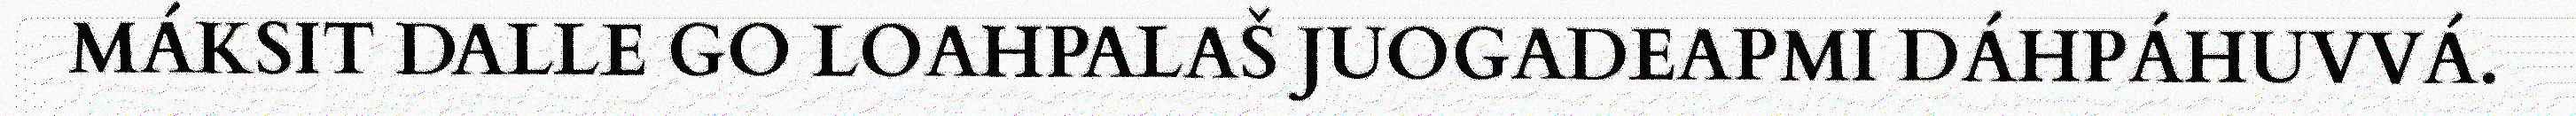
MÁKSIT DALLE GO LOAHPALAŠ JUOGADEAPMI DÁHPÁHUVVÁ.